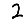
Digit: 2